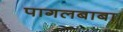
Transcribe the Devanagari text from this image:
पागलबाबा